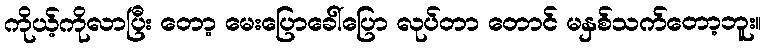
ကိုယ့်ကိုလာပြီး တော့ မေးပြောခေါ်ပြော လုပ်တာ တောင် မနှစ်သက်တော့ဘူး။